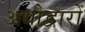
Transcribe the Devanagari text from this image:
अधोद्वारों